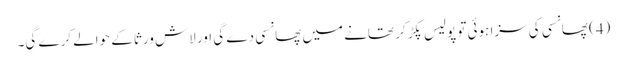
(4) پھانسی کی سزا ہوئی تو پولیس پکڑ کر تھانے میں پھانسی دے گی اور لاش ورثا کے حوالے کرے گی۔